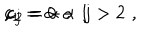
c _ { 1 } = \alpha - 1 \hspace { 0 . 3 c m } , \hspace { 0 . 3 c m } c _ { 2 } = - \alpha \hspace { 0 . 3 c m } , \hspace { 0 . 3 c m } c _ { j } = 0 \, \, \, ; \, \, \, j > 2 \, \, ,